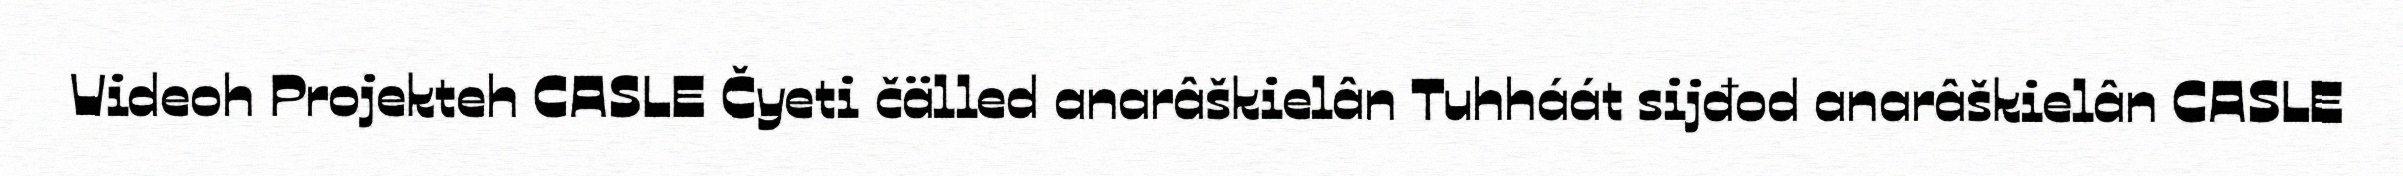
Videoh Projekteh CASLE Čyeti čälled anarâškielân Tuhháát sijđod anarâškielân CASLE